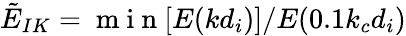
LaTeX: \tilde{E}_{IK}=\mathrm{~m~i~n~}[E(kd_{i})]/E(0.1k_{c}d_{i})